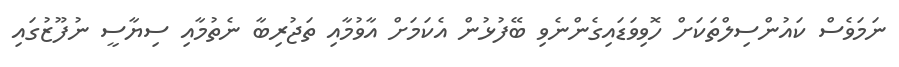
ނަމަވެސް ކައުންސިލްތަކަށް ހޮވިވަޑައިގެންނެވި ބޭފުޅުން އެކަމަށް އާވުމާއި ތަޖުރިބާ ނެތުމާއި ސިޔާސީ ނުފޫޒުގައި